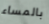
بالمساء